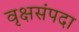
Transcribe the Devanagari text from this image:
वृक्षसंपदा